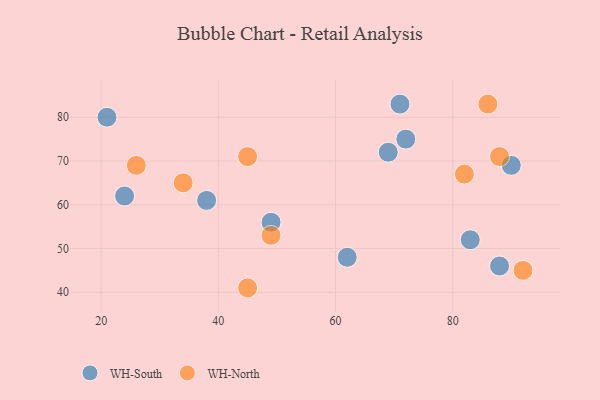
{"axis": {"x": "GDP", "y": "Life Expectancy"}, "legend": ["WH-North", "WH-South"], "data": [{"x": "72", "y": 75, "type": "WH-South"}, {"x": "21", "y": 80, "type": "WH-South"}, {"x": "62", "y": 48, "type": "WH-South"}, {"x": "71", "y": 83, "type": "WH-South"}, {"x": "90", "y": 69, "type": "WH-South"}, {"x": "38", "y": 61, "type": "WH-South"}, {"x": "69", "y": 72, "type": "WH-South"}, {"x": "49", "y": 56, "type": "WH-South"}, {"x": "24", "y": 62, "type": "WH-South"}, {"x": "88", "y": 46, "type": "WH-South"}, {"x": "83", "y": 52, "type": "WH-South"}, {"x": "26", "y": 69, "type": "WH-North"}, {"x": "86", "y": 83, "type": "WH-North"}, {"x": "45", "y": 41, "type": "WH-North"}, {"x": "82", "y": 67, "type": "WH-North"}, {"x": "45", "y": 71, "type": "WH-North"}, {"x": "49", "y": 53, "type": "WH-North"}, {"x": "88", "y": 71, "type": "WH-North"}, {"x": "92", "y": 45, "type": "WH-North"}, {"x": "34", "y": 65, "type": "WH-North"}]}